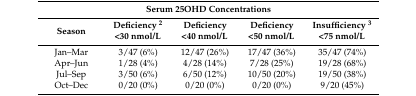
<table><thead><tr><td colspan="5"><b>Serum 25OHD Concentrations</b></td></tr><tr><td><b>Season</b></td><td><b>Deficiency <sup>2</sup>&lt;30 nmol/L</b></td><td><b>Deficiency&lt;40 nmol/L</b></td><td><b>Deficiency&lt;50 nmol/L</b></td><td><b>Insufficiency <sup>3</sup>&lt;75 nmol/L</b></td></tr></thead><tbody><tr><td>Jan–Mar</td><td>3/47 (6%)</td><td>12/47 (26%)</td><td>17/47 (36%)</td><td>35/47 (74%)</td></tr><tr><td>Apr–Jun</td><td>1/28 (4%)</td><td>4/28 (14%)</td><td>7/28 (25%)</td><td>19/28 (68%)</td></tr><tr><td>Jul–Sep</td><td>3/50 (6%)</td><td>6/50 (12%)</td><td>10/50 (20%)</td><td>19/50 (38%)</td></tr><tr><td>Oct–Dec</td><td>0/20 (0%)</td><td>0/20 (0%)</td><td>0/20 (0%)</td><td>9/20 (45%)</td></tr></tbody></table>